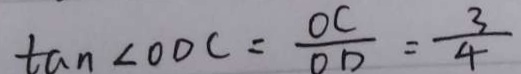
\tan \angle O D C = \frac { O C } { O D } = \frac { 3 } { 4 }